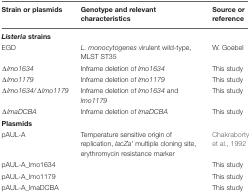
<table><thead><tr><td><b>Strain or plasmids</b></td><td><b>Genotype and relevant characteristics</b></td><td><b>Source or reference</b></td></tr></thead><tbody><tr><td><b><i>Listeria</i> strains</b></td><td></td></tr><tr><td>EGD</td><td><i>L. monocytogenes</i> virulent wild-type, MLST ST35</td><td>W. Goebel</td></tr><tr><td>Δ<i>lmo1634</i></td><td>Inframe deletion of <i>lmo1634</i></td><td>This study</td></tr><tr><td>Δ<i>lmo1179</i></td><td>Inframe deletion of <i>lmo1179</i></td><td>This study</td></tr><tr><td>Δ<i>lmo1634/</i>Δ<i>lmo1179</i></td><td>Inframe deletion of <i>lmo1634</i> and <i>lmo1179</i></td><td>This study</td></tr><tr><td>Δ<i>lmaDCBA</i></td><td>Inframe deletion of <i>lmaDCBA</i></td><td>This study</td></tr><tr><td><b>Plasmids</b></td><td></td><td></td></tr><tr><td>pAUL-A</td><td>Temperature sensitive origin of replication, <i>lacZa’</i> multiple cloning site, erythromycin resistance marker</td><td>Chakraborty et al., 1992</td></tr><tr><td>pAUL-A_lmo1634</td><td></td><td>This study</td></tr><tr><td>pAUL-A_lmo1179</td><td></td><td>This study</td></tr><tr><td>pAUL-A_lmaDCBA</td><td></td><td>This study</td></tr></tbody></table>